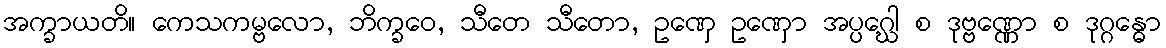
အက္ခာယတိ။ ကေသကမ္ဗလော, ဘိက္ခဝေ, သီတေ သီတော, ဥဏှေ ဥဏှော အပ္ပဂ္ဃေါ စ ဒုဗ္ဗဏ္ဏော စ ဒုဂ္ဂန္ဓော